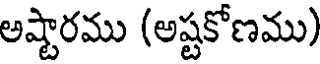
అష్టారము (అష్టకోణము)